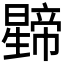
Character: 𭨅